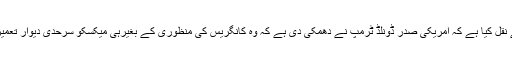
مہر خبررساں ایجنسی نے بی بی سی کے حوالے سے نقل کیا ہے کہ امریکی صدر ڈونلڈ ٹرمپ نے دھمکی دی ہے کہ وہ کانگریس کی منظوری کے بغیرہی میکسکو سرحدی دیوار تعمیر کرنے کے لیے نیشنل ایمرجنسی نافذ کرسکتے ہیں۔